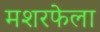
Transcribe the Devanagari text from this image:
मशरफेला